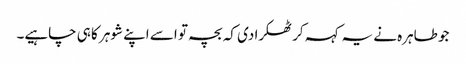
جو طاہرہ نے یہ کہہ کر ٹھکرا دی کہ بچہ تو اسے اپنے شوہر کا ہی چاہیے۔